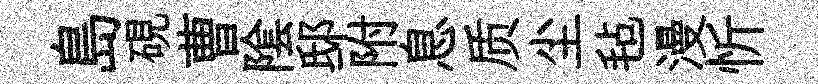
島硯曹隂邸附息质尘毡漫忻